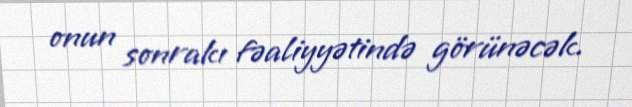
onun sonrakı fəaliyyətində görünəcək.